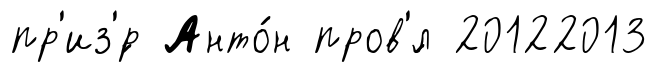
пр'из'́р Анто́н пров'́л 20122013